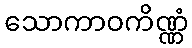
သောကာဝကိဏ္ဏံ